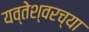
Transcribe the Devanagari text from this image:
यव्तेश्वरच्या